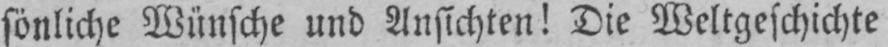
sönliche Wünsche und Ansichten! Die Weltgeschichte